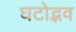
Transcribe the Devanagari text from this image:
घटोद्भव